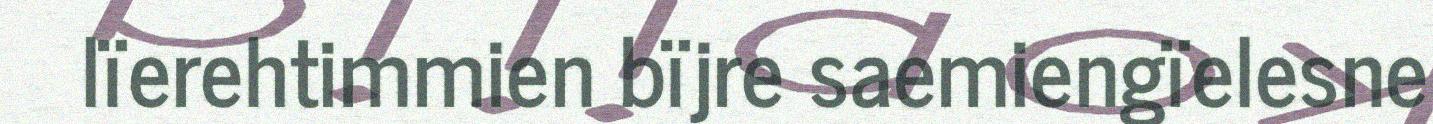
lïerehtimmien bïjre saemiengïelesne